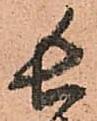
長